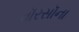
વૉરસૉના